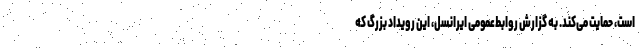
است، حمایت می‌کند. به گزارش روابط‌عمومی ایرانسل، این رویداد بزرگ که